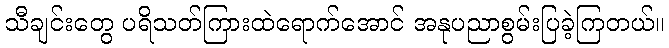
သီချင်းတွေ ပရိသတ်ကြားထဲရောက်အောင် အနုပညာစွမ်းပြခဲ့ကြတယ်။